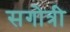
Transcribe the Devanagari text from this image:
सगोत्री